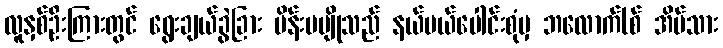
လူနှစ်ဦးကြားတွင် ရွေးချယ်ခွဲခြား မိန်းမပျိုသည် နယ်ပယ်ပေါင်းစုံမှ ဘလောက်(စ် အိမ်သား